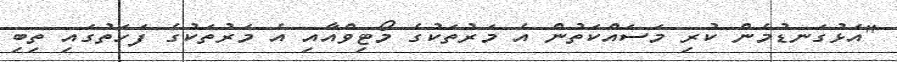
"އަޅުގަނޑުމެން ކުރި މަސައްކަތުން އެ މަރުތަކުގެ މޯޓިވްއާއި އެ މަރުތަކުގެ ފަހަތުގައި ތިބި